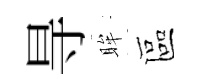
㝵眸區